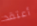
أعتقد